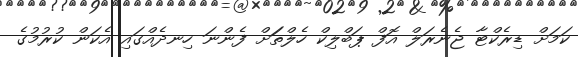
ކަމަށް ޑިރެކްޓާ ޖެނެރަލް އޮފް ޕަބްލިކް ހެލްތަަށް ފެންނަ ހިނދެއްގައި އެކަން ކުރުމުގެ